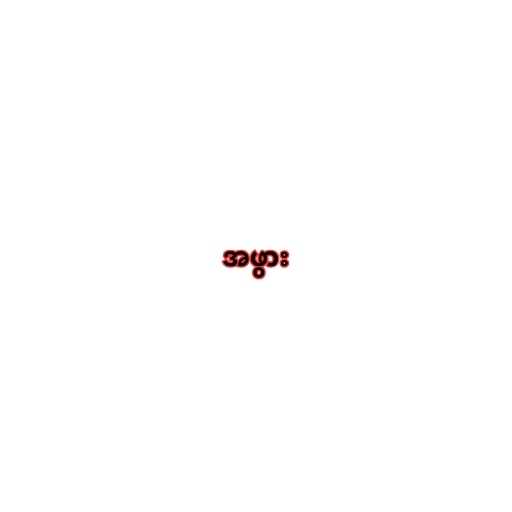
အဖွား